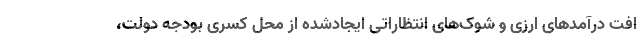
افت درآمدهای ارزی و شوک‌های انتظاراتی ایجادشده از محل کسری بودجه دولت،